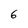
Character: 6